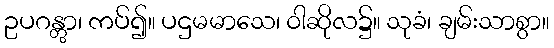
ဥပဂန္တွာ၊ ကပ်၍။ ပဌမမာသေ၊ ဝါဆိုလ၌။ သုခံ၊ ချမ်းသာစွာ။